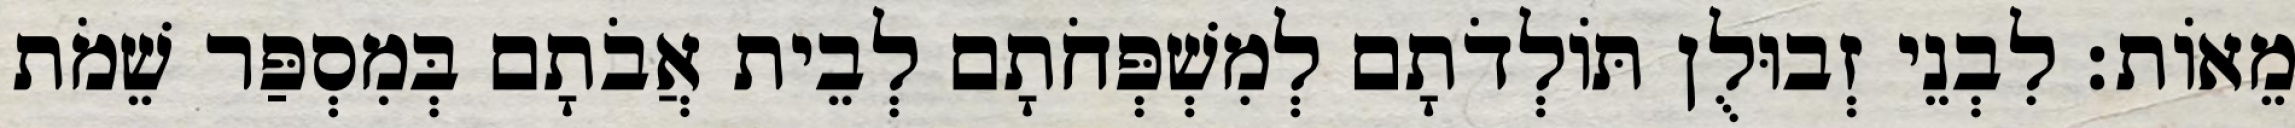
מֵאוֹת׃ לִבְנֵי זְבוּלֻן תּוֹלְדֹתָם לְמִשְׁפְּחֹתָם לְבֵית אֲבֹתָם בְּמִסְפַּר שֵׁמֹת